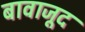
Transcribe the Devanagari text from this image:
बावाजूद